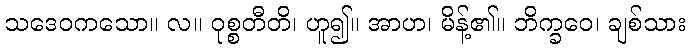
သဒေဝကသော။ လ။ ဝုစ္စတီတိ၊ ဟူ၍။ အာဟ၊ မိန့်၏။ ဘိက္ခဝေ၊ ချစ်သား